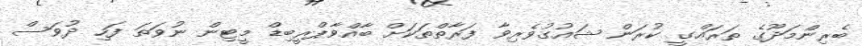
ބެރިންމަދޫގެ ތަރައްގީ ކުރަން ޝައުގުވެރިވާ ފަރާތްތަކަށް ބާއްވާޕްރީބިޑް މީޓިން ނުވަތަ ފަހި ދުވަސް